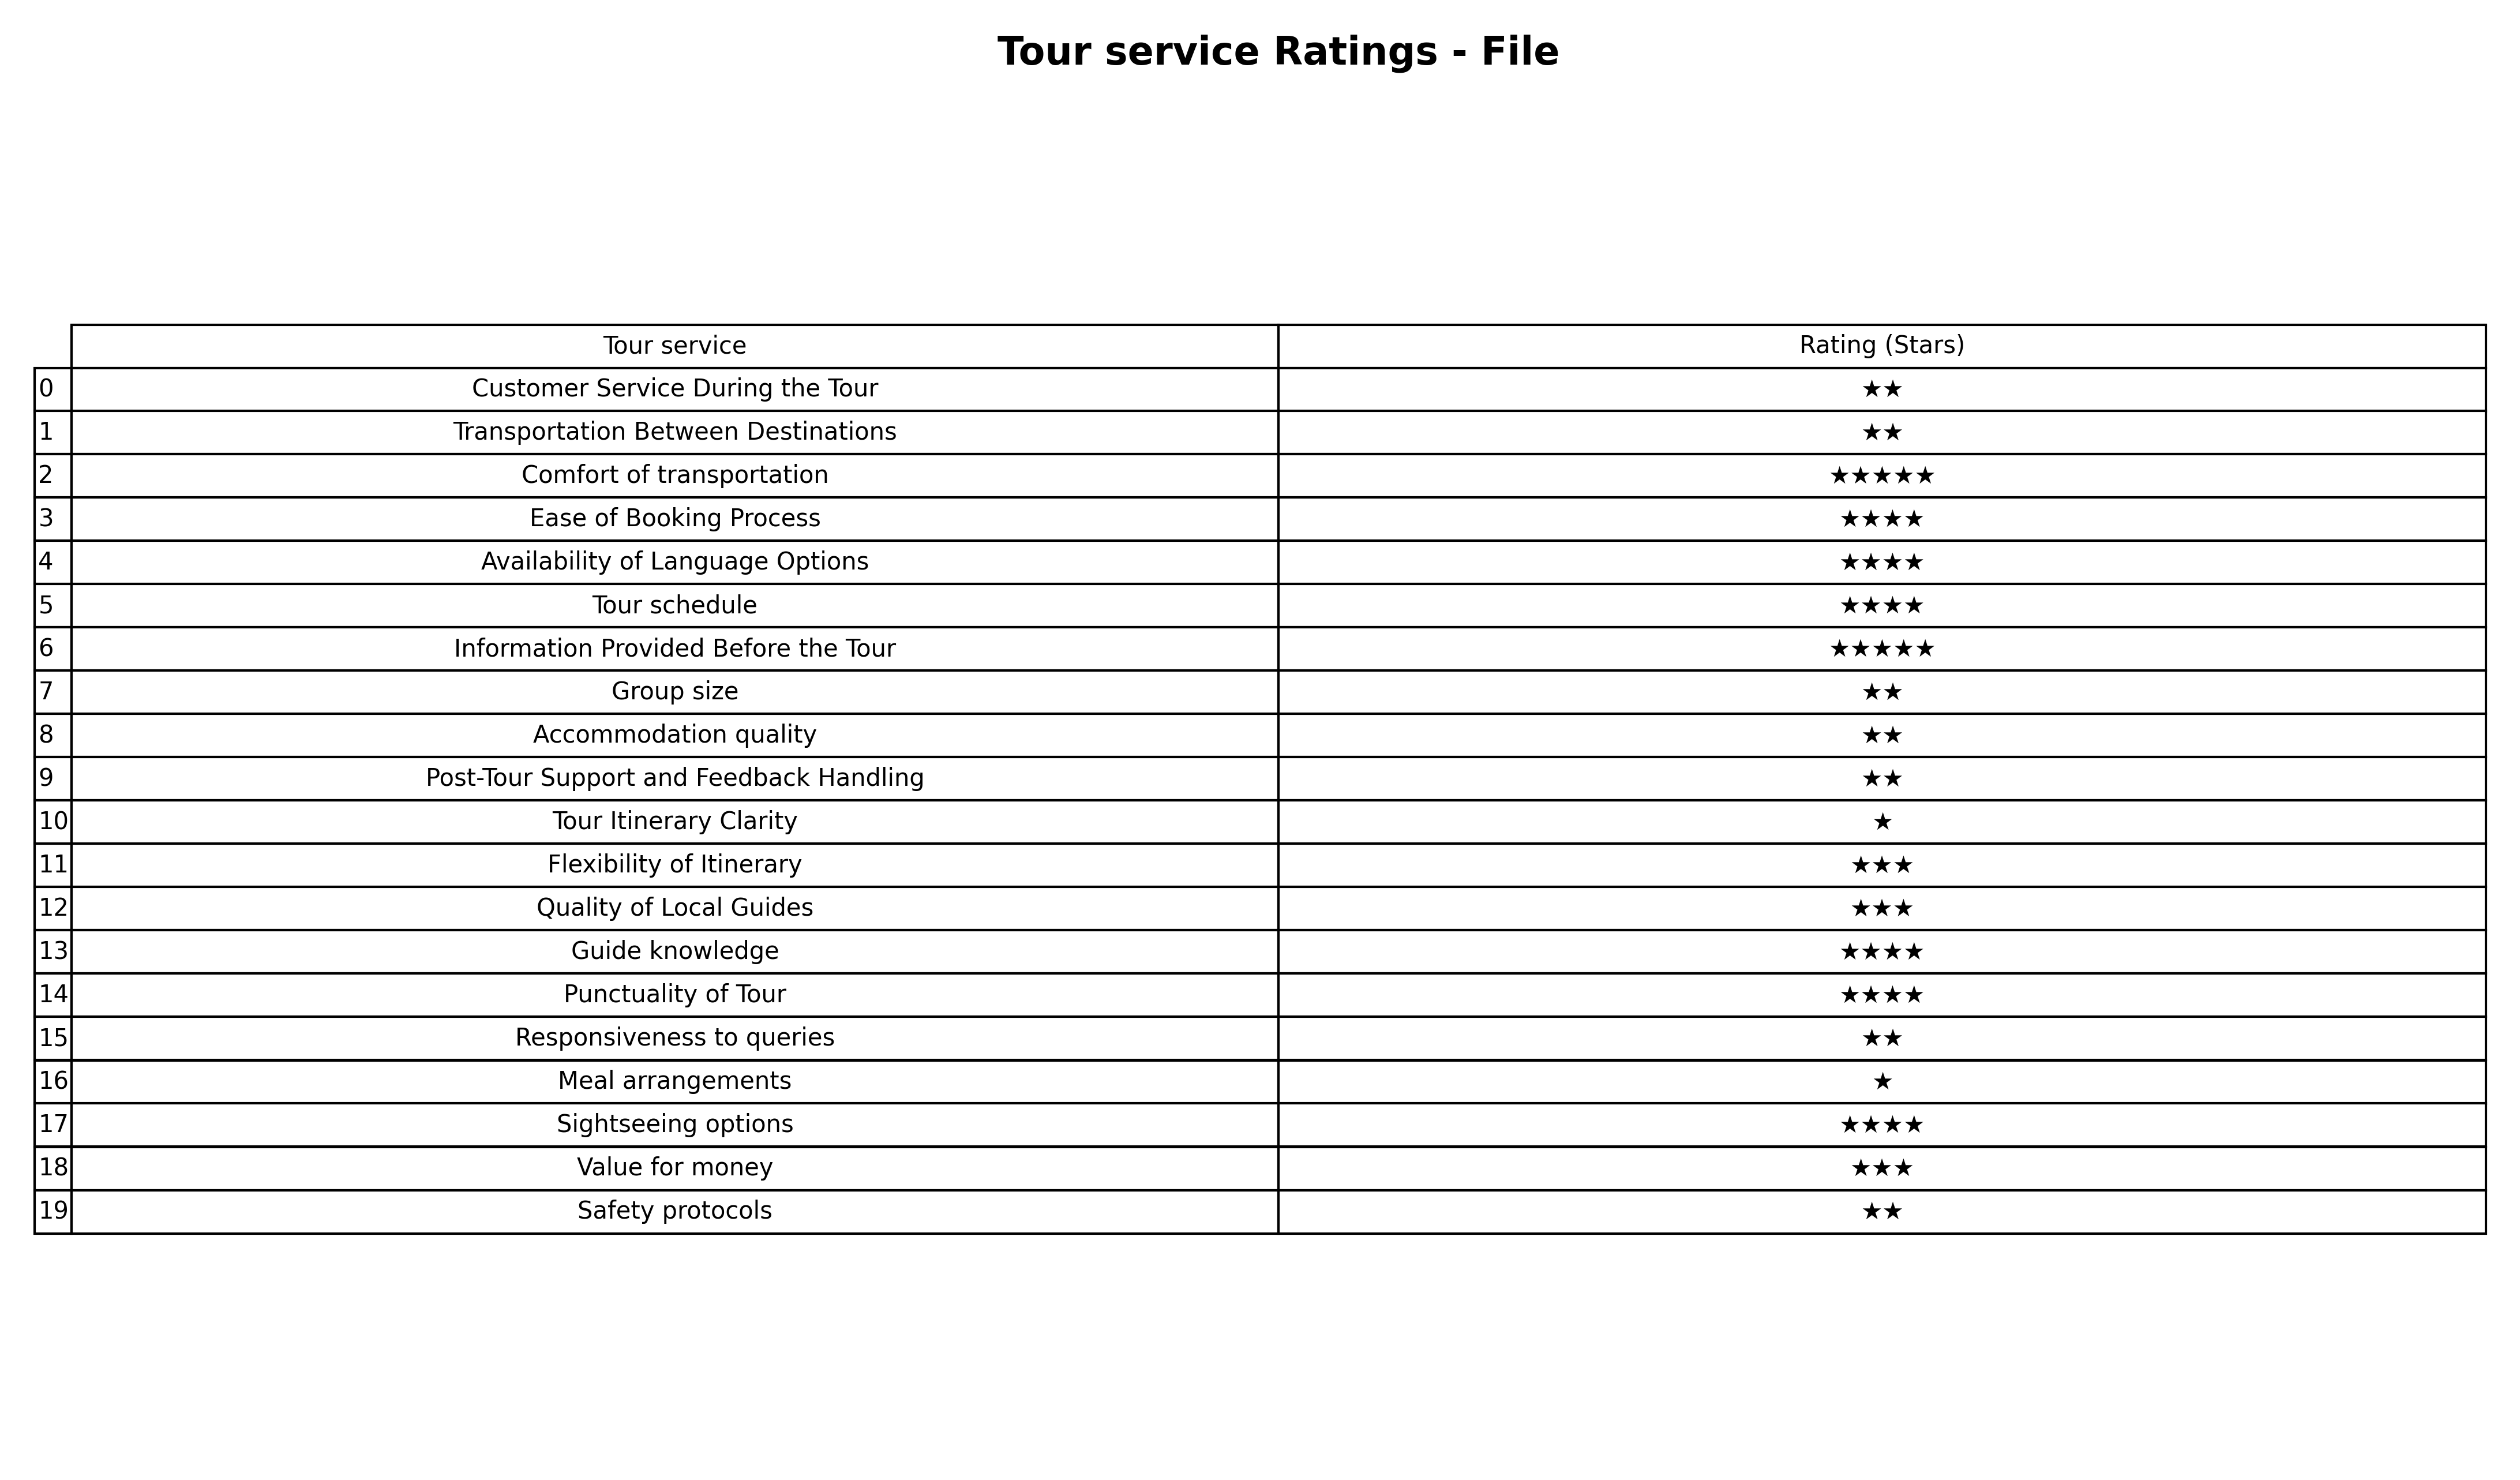
question: What is the rating of Responsiveness to queries?
answer: ★★